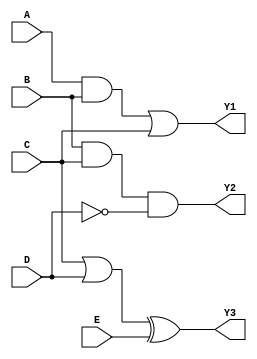
module combinational_logic_block (
    input wire A,
    input wire B,
    input wire C,
    input wire D,
    input wire E,
    output wire Y1,
    output wire Y2,
    output wire Y3
);

// Group 1: {A, B, C}
// Logic operation: Y1 = A AND B OR C
wire group1_result;
assign group1_result = (A & B) | C;

// Group 2: {B, C, D}
// Logic operation: Y2 = B AND C AND NOT D
wire group2_result;
assign group2_result = (B & C) & ~D;

// Group 3: {C, D, E}
// Logic operation: Y3 = C OR D XOR E
wire group3_result;
assign group3_result = (C | D) ^ E;

// Assigning the results to outputs
assign Y1 = group1_result;
assign Y2 = group2_result;
assign Y3 = group3_result;

endmodule